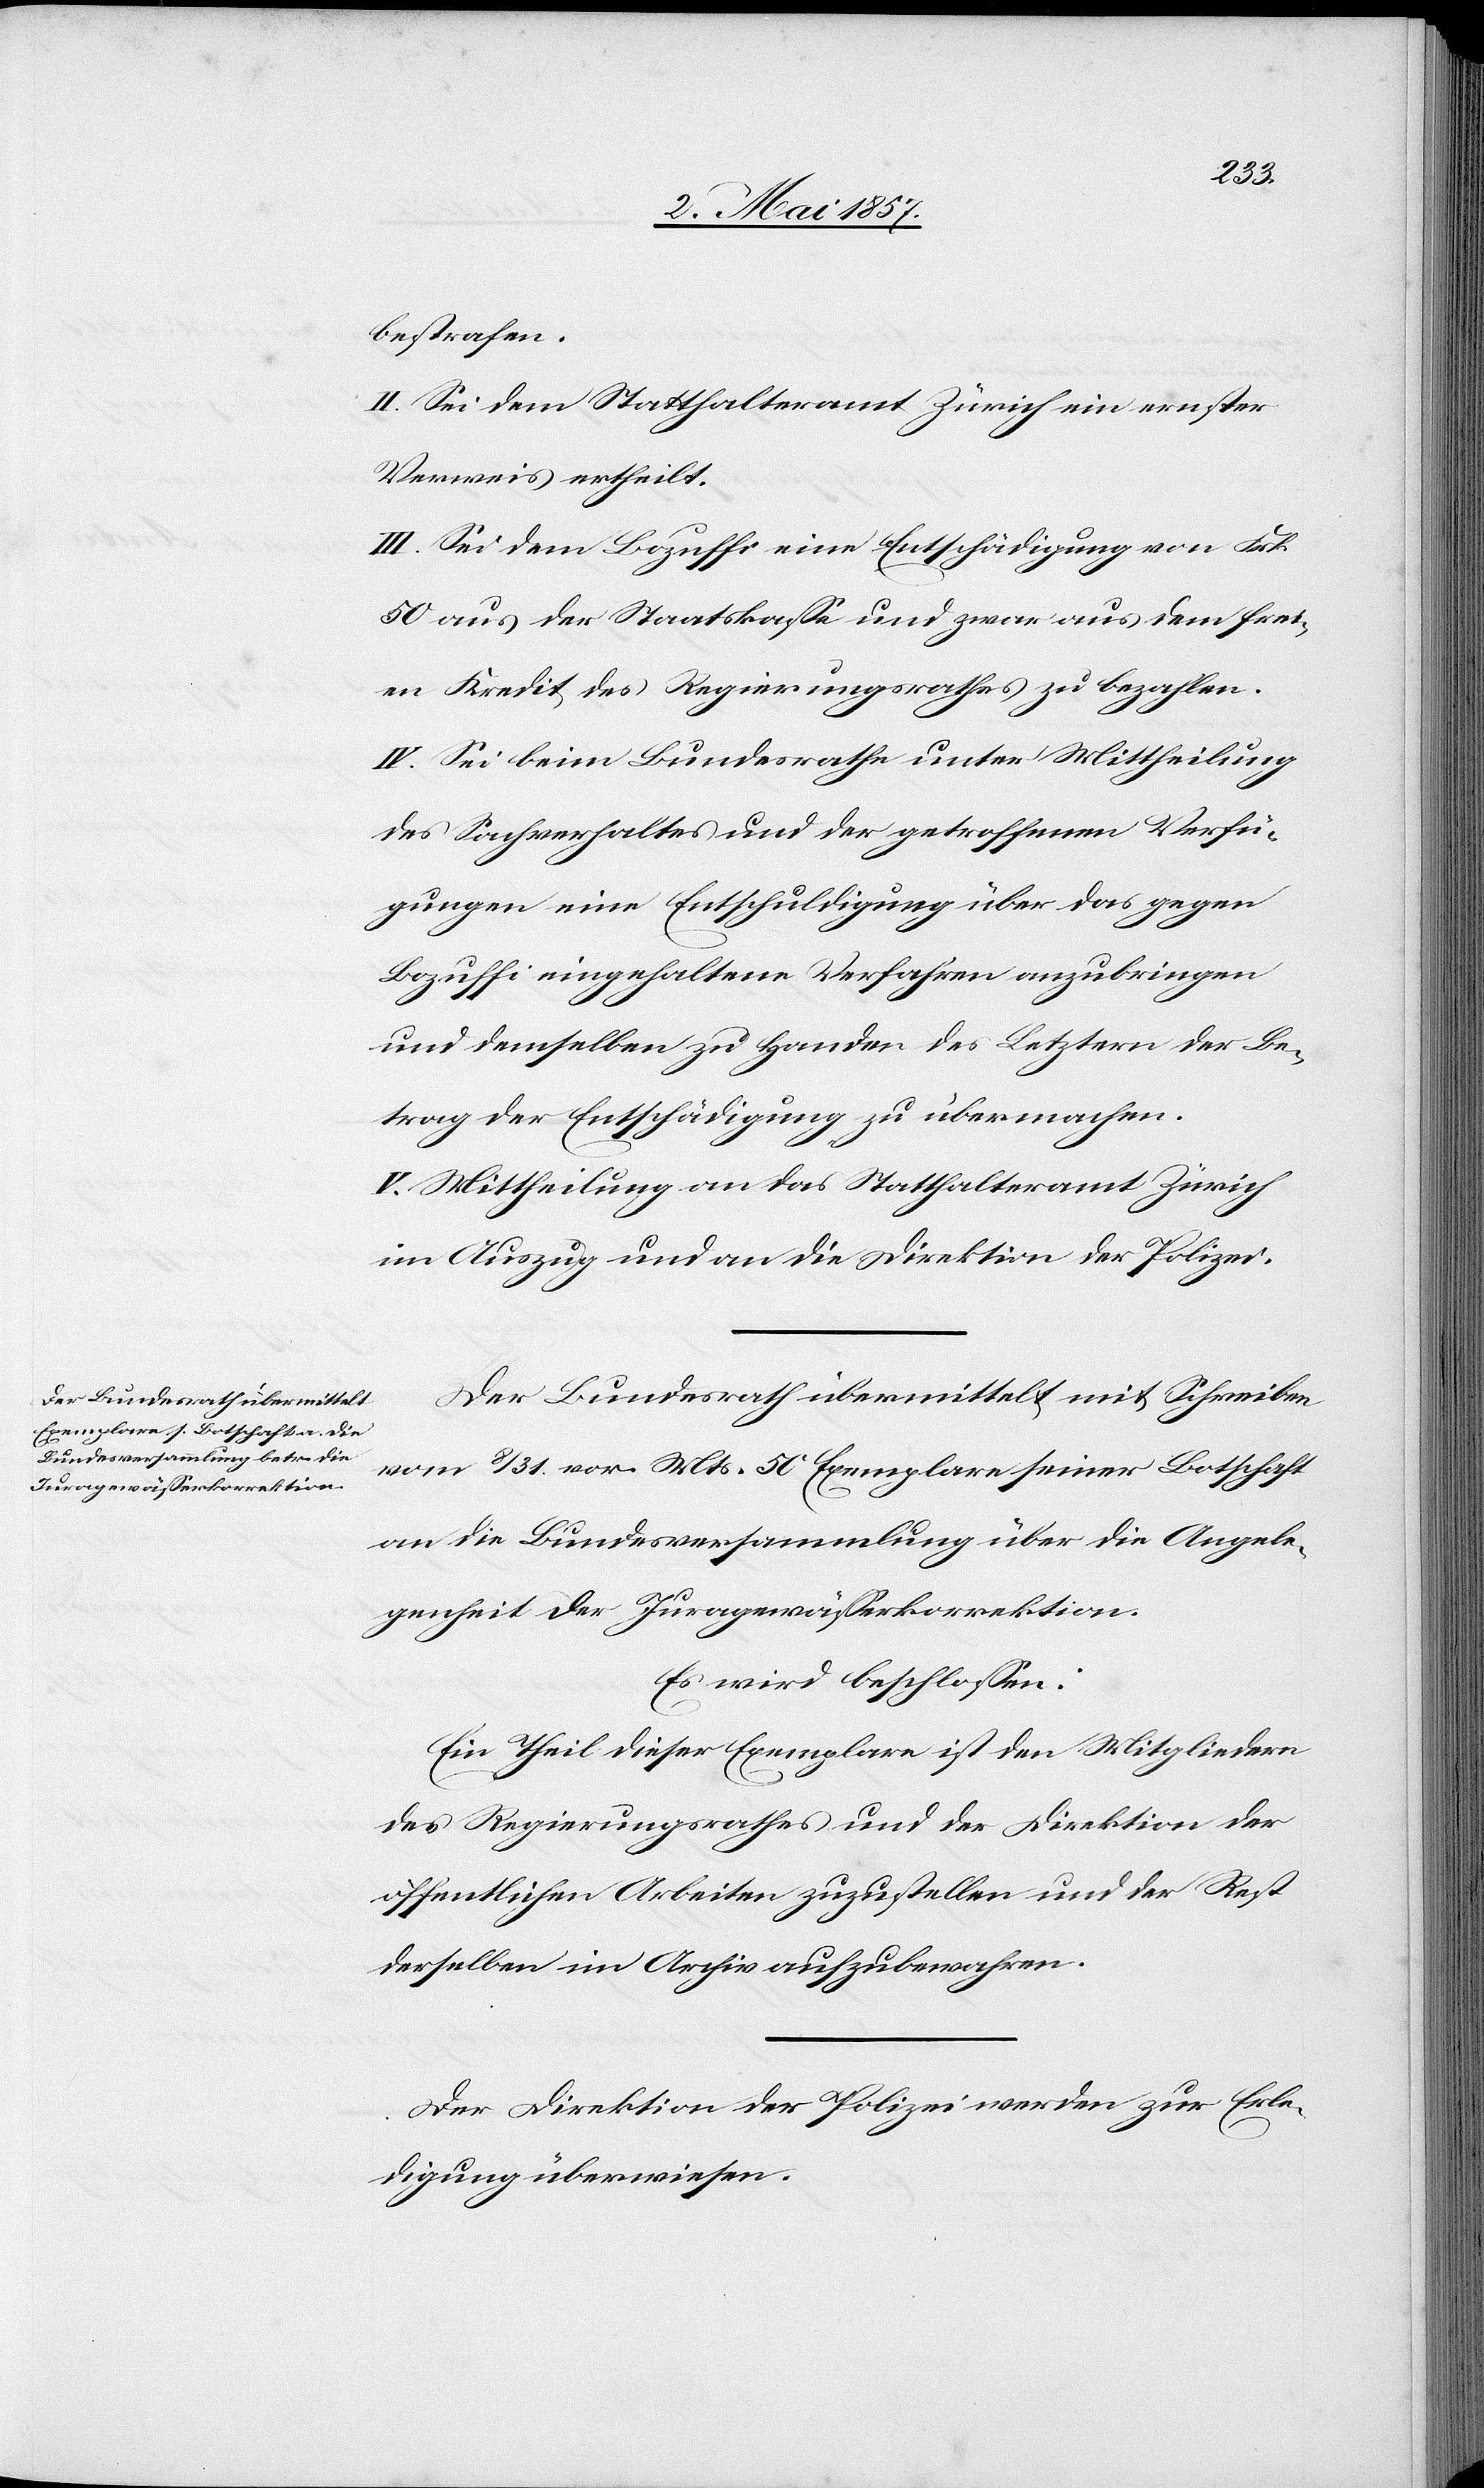
bestrafen.
II. Sei dem Statthalteramt Zürich ein ernster
Verweis ertheilt.
III. Sei dem Bozuffi eine Entschädigung von Frk.
50 aus der Staatskasse und zwar aus dem frei¬
en Kredit des Regierungsrathes zu bezahlen.
IV. Sei beim Bundesrathe unter Mittheilung
des Sachverhaltes und der getroffenen Verfü¬
gungen eine Entschuldigung über das gegen
Bozuffi eingehaltene Verfahren anzubringen
und demselben zu Handen des Letztern der Be¬
trag der Entschädigung zu übermachen.
V. Mittheilung an das Statthalteramt Zürich
im Auszug und an die Direktion der Polizei.
Der Bundesrath übermittelt mit Schreiben
vom 8/31 vor. Mts. 50 Exemplare seiner Botschaft
an die Bundesversammlung über die Angele¬
genheit der Juragewässerkorrektion.
Es wird beschlossen:
Ein Theil dieser Exemplare ist den Mitgliedern
des Regierungsrathes und der Direktion der
öffentlichen Arbeiten zuzustellen und der Rest
derselben im Archiv aufzubewahren.
Der Direktion der Polizei werden zur Erle¬
digung überwiesen.